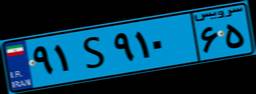
۵۴S۵۸۲۰۴